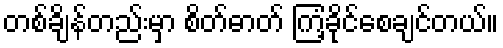
တစ်ချိန်တည်းမှာ စိတ်ဓာတ် ကြံ့ခိုင်စေချင်တယ်။